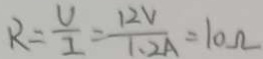
R = \frac { U } { I } = \frac { 1 2 V } { 1 . 2 A } = 1 0 \Omega